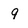
Character: 9